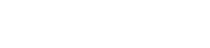
ဘာမျှပြောကြမည်မဟုတ်။